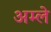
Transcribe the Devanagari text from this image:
अम्‍ले